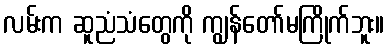
လမ်းက ဆူညံသံတွေကို ကျွန်တော်မကြိုက်ဘူး။